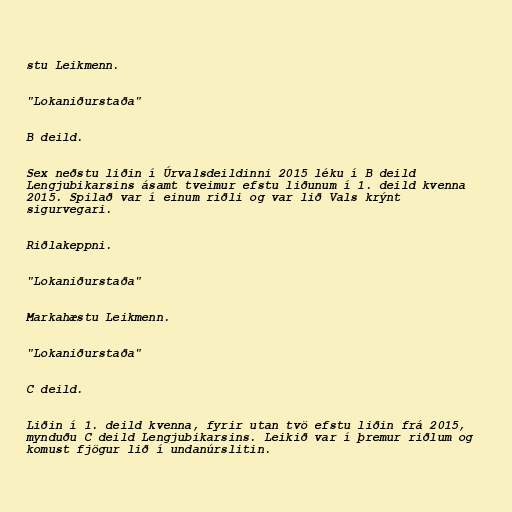
stu Leikmenn.

"Lokaniðurstaða"

B deild.

Sex neðstu liðin í Úrvalsdeildinni 2015 léku í B deild
Lengjubikarsins ásamt tveimur efstu liðunum í 1. deild kvenna
2015. Spilað var í einum riðli og var lið Vals krýnt
sigurvegari.

Riðlakeppni.

"Lokaniðurstaða"

Markahæstu Leikmenn.

"Lokaniðurstaða"

C deild.

Liðin í 1. deild kvenna, fyrir utan tvö efstu liðin frá 2015,
mynduðu C deild Lengjubikarsins. Leikið var í þremur riðlum og
komust fjögur lið í undanúrslitin.